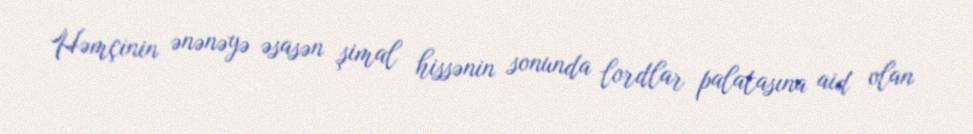
Həmçinin ənənəyə əsasən şimal hissənin sonunda lordlar palatasına aid olan